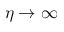
\eta \to \infty